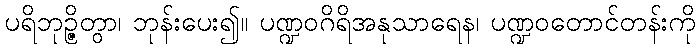
ပရိဘုဉ္ဇိတွာ၊ ဘုန်းပေး၍။ ပဏ္ဍဝဂိရိအနုသာရေန၊ ပဏ္ဍဝတောင်တန်းကို